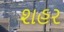
શહર